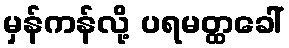
မှန်ကန်လို့ ပရမတ္ထခေါ်